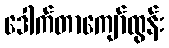
ဒေါက်တာကျော်ထွန်း